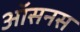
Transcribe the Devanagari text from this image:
ऑसनस